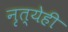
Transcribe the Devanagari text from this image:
नृत्येही